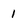
Character: 1